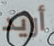
أريد